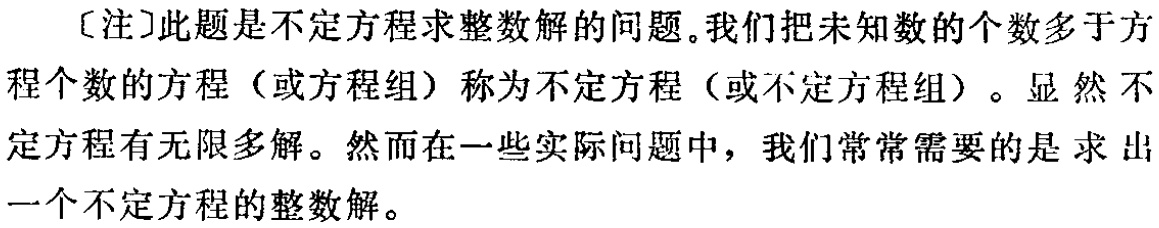
[注]此题是不定方程求整数解的问题。我们把未知数的个数多于方程个数的方程（或方程组）称为不定方程（或不定方程组）。显然不定方程有无限多解。然而在一些实际问题中，我们常常需要的是求出一个不定方程的整数解。